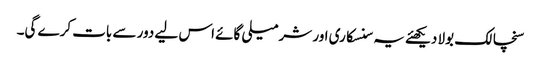
سنچالک بولا دیکھئے یہ سنسکاری اور شرمیلی گائے اس لیے دور سے بات کرے گی۔